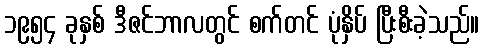
၁၉၅၄ ခုနှစ် ဒီဇင်ဘာလတွင် စက်တင် ပုံနှိပ် ပြီးစီးခဲ့သည်။